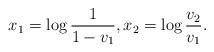
LaTeX: \begin{align*}x_1=\log\frac{1}{1-v_1}, x_2=\log\frac{v_2}{v_1}.\end{align*}